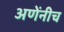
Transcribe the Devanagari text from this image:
अणेंनीच